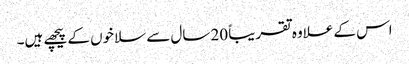
اس کے علاوہ تقریباً 20 سال سے سلاخوں کے پیچھے ہیں۔